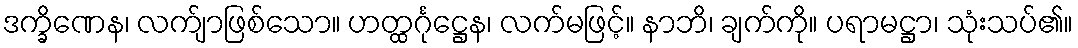
ဒက္ခိဏေန၊ လက်ျာဖြစ်သော။ ဟတ္ထင်္ဂုဋ္ဌေန၊ လက်မဖြင့်။ နာဘိ၊ ချက်ကို။ ပရာမဋ္ဌာ၊ သုံးသပ်၏။